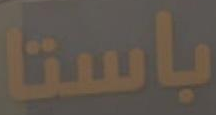
باستا